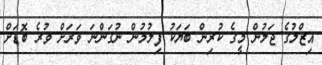
އިޒްލުގެ ޖަލުން މީގެ ކުރިން ބަޔަކު ފިލުމުން ނުގަންނަ ވަރަށް ވުރެ ބޮޑަށް